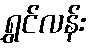
ရွှင်လန်း